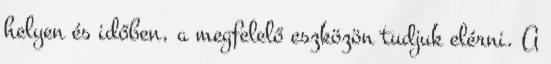
helyen és időben, a megfelelő eszközön tudjuk elérni. A